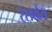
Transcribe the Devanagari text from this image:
रेसपौंस